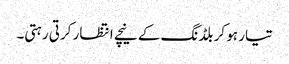
تیار ہو کر بلڈنگ کے نیچے انتظار کرتی رہتی۔